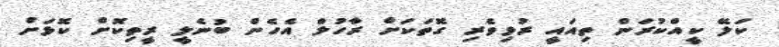
ކަލޭ ކީއްކުރަން ތިއައީ ރުޅިވެރި ގޮތަކަށް ރާހުލް އެހެން ބުނެލީ ރީތިކޮށް ކޮޅަށް